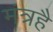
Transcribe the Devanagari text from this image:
मंत्रहै